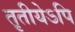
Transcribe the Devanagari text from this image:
तृतीयेऽपि